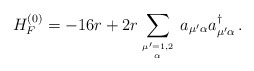
\begin{align*}H_F^{(0)} = -16 r + 2r \sum_{{\mu' =1,2 } \atop \alpha} \, a_{\mu ' \alpha} a_{\mu ' \alpha}^{\dagger} \, . \end{align*}